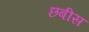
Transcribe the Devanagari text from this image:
छबीस